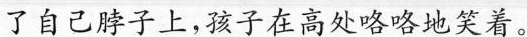
在了自己脖子上，孩子在高处略略地笑着。